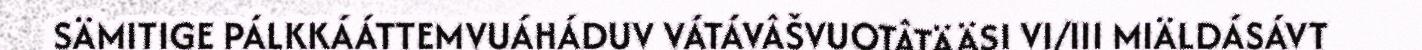
SÄMITIGE PÁLKKÁÁTTEMVUÁHÁDUV VÁTÁVÂŠVUOTÂTÄÄSI VI/III MIÄLDÁSÁVT